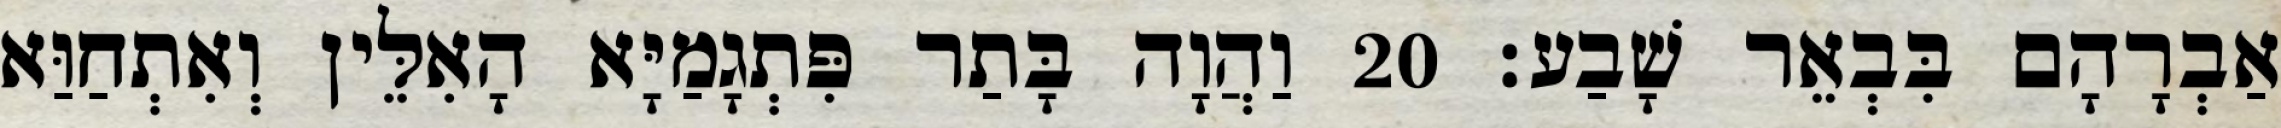
אַבְרָהָם בִּבְאֵר שָׁבַע׃ 20 וַהֲוָה בָּתַר פִּתְגָמַיָּא הָאִלֵּין וְאִתְחַוַּא